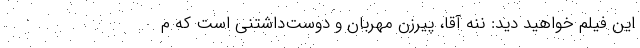
این فیلم خواهید دید: ننه آقا، پیرزن مهربان و دوست‌داشتنی است که م